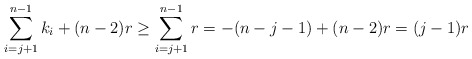
\begin{align*}\sum\limits_{i =j+1}^{n-1} k_i + (n-2)r \geq \sum\limits_{i =j +1}^{n-1} r = -(n-j-1) + (n-2)r = (j-1)r\end{align*}